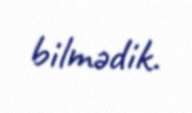
bilmədik.